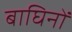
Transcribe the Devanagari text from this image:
बाघिनों